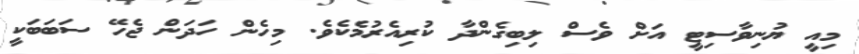
މިއީ ޔުނިވާސިޓީ އަށް ވެސް ލިބިގެންދާ ކުރިއެރުމެކެވެ. މިހެން ހަދަން ޖެހޭ ސަބަބަކީ